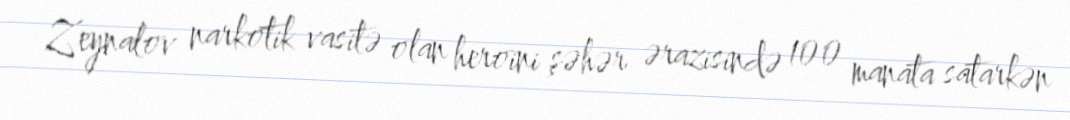
Zeynalov narkotik vasitə olan heroini şəhər ərazisində 100 manata satarkən